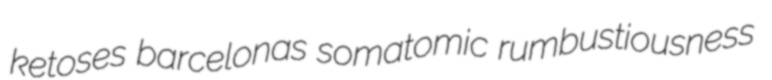
ketoses barcelonas somatomic rumbustiousness